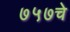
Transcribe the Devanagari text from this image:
७५७चे